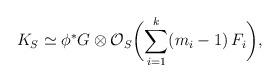
LaTeX: \begin{align*}K_S\simeq \phi^*G\otimes\mathcal O_S\biggl(\sum_{i=1}^k(m_i-1)\,F_i\biggr),\end{align*}